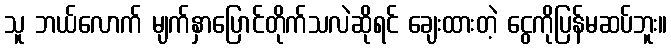
သူ ဘယ်လောက် မျက်နှာပြောင်တိုက်သလဲဆိုရင် ချေးထားတဲ့ ငွေကိုပြန်မဆပ်ဘူး။